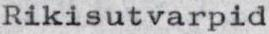
Rikisutvarpid